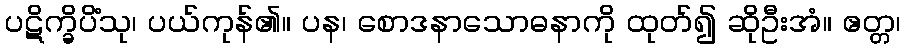
ပဋိက္ခိပိံသု၊ ပယ်ကုန်၏။ ပန၊ စောဒနာသောဓနာကို ထုတ်၍ ဆိုဦးအံ။ ဧတ္တ၊